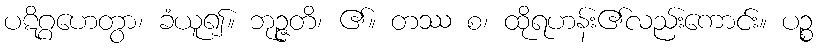
ပဋိဂ္ဂဟေတွာ၊ ခံယူ၍။ ဘုဉ္ဇတိ၊ ၏။ တဿ စ၊ ထိုရဟန်း၏လည်းကောင်း။ ပဉ္စ